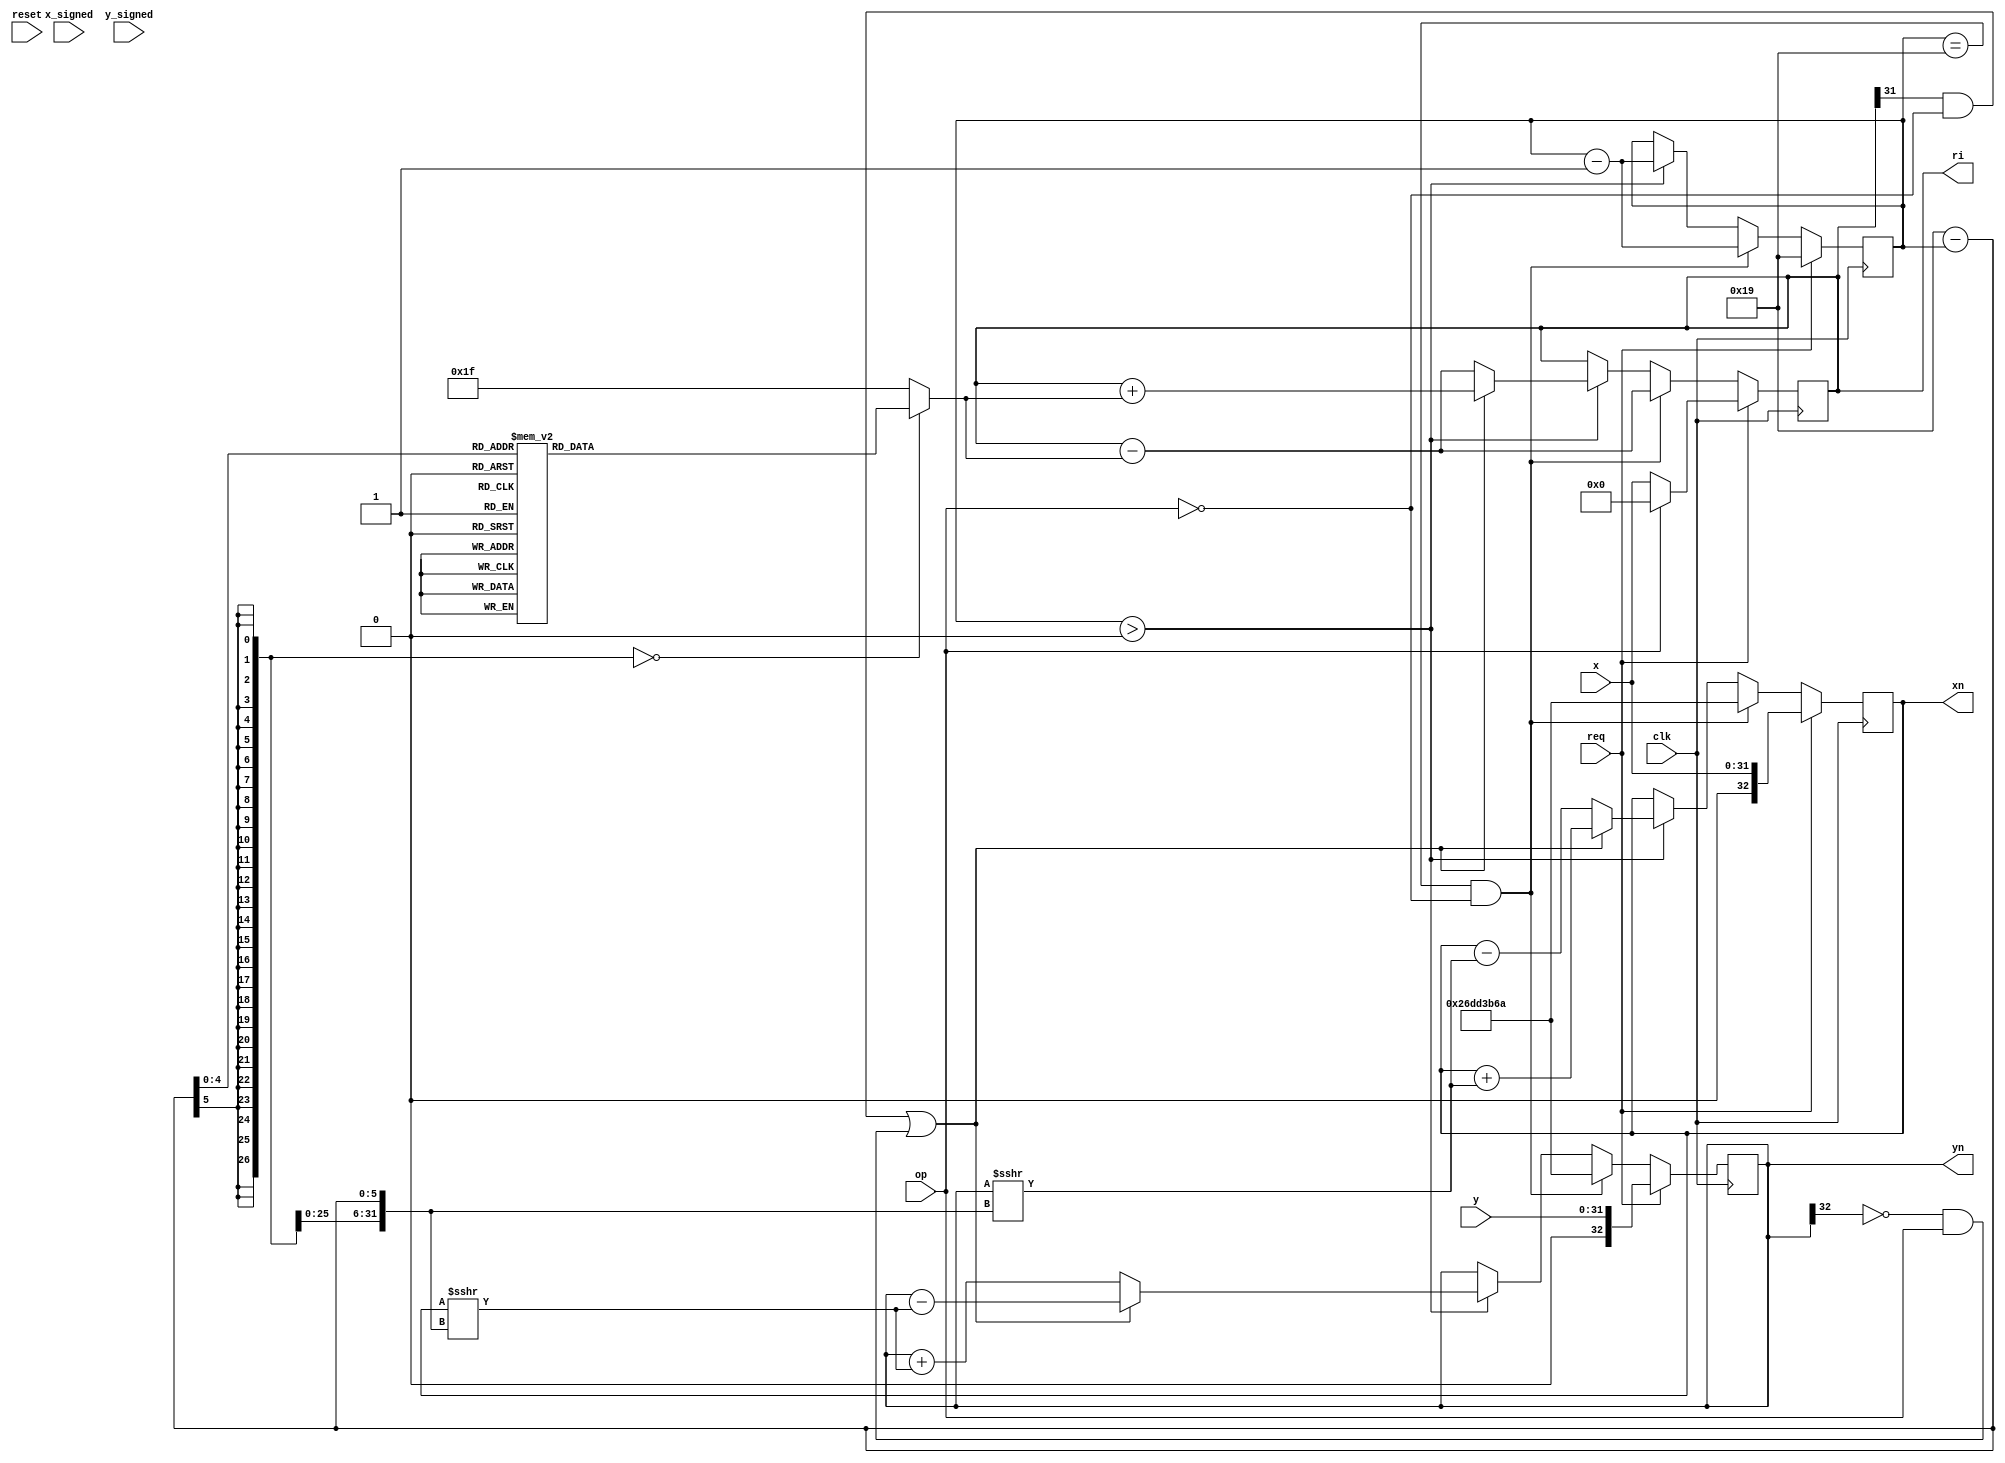
module cordic
  (
   input                    clk,
   input                    reset,
   input                    req,
   input                    op,
   input                    x_signed,
   input                    y_signed,
   input [31:0]             x,
   input [31:0]             y,
   output reg signed [32:0] xn,
   output reg signed [32:0] yn,
   output reg signed [31:0] ri
   );

   reg [4:0]     i;

   reg [31:0]     ai;

   always @ (*) begin
      casez(25-i)
        0: ai = 32'h3243f6a8;
        1: ai = 32'h1dac6705;
        2: ai = 32'h0fadbafc;
        3: ai = 32'h07f56ea6;
        4: ai = 32'h03feab76;
        5: ai = 32'h01ffd55b;
        6: ai = 32'h00fffaaa;
        7: ai = 32'h007fff55;
        8: ai = 32'h003fffea;
        9: ai = 32'h001ffffd;
        10: ai = 32'h000fffff;
        11: ai = 32'h0007ffff;
        12: ai = 32'h0003ffff;
        13: ai = 32'h0001ffff;
        14: ai = 32'h0000ffff;
        15: ai = 32'h00007fff;
        16: ai = 32'h00003fff;
        17: ai = 32'h00001fff;
        18: ai = 32'h00000fff;
        19: ai = 32'h000007ff;
        20: ai = 32'h000003ff;
        21: ai = 32'h000001ff;
        22: ai = 32'h000000ff;
        23: ai = 32'h0000007f;
        24: ai = 32'h0000003f;
        default: ai = 32'h0000001f;
      endcase
   end
   
   always @ (posedge clk) begin
      if(req) begin
         i <= 25;
         if(~op)
           ri <= x;
         else
           ri <= 0;
         xn <= x;  //arctan
         yn <= y;  //arctan
      end else if((i==25)&~op) begin
         ri <= ri - ai;
         xn <= 32'h26dd3b6a;
         yn <= 32'h26dd3b6a;
         i <= i-1;
      end else if(i>0) begin
         if((ri[31]&~op)|(~yn[32]&op))begin
            ri <= ri + ai;
            xn <= xn + (yn>>>(25-i));
            yn <= yn - (xn>>>(25-i));
         end else begin
            ri <= ri - ai;
            xn <= xn - (yn>>>(25-i));
            yn <= yn + (xn>>>(25-i));
         end
         i <= i-1;
      end
   end
endmodule